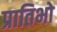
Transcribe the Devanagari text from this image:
प्रातिभो